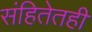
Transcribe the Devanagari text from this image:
संहितेतही